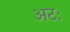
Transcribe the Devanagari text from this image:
अटः